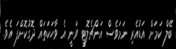
ބޭލް ކަމަށް އަޑުއެރި ނަމަވެސް އަންޗެލޮޓީ ވަނީ އެ ވާހަކަތައް ދޮގުކޮށްފަ އެވެ.